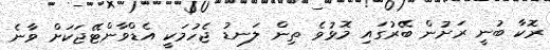
ރޮކާ ބުނީ ރަށުން ބޭރުގައި މޮޅުވެ ތިން ލަނޑު ޖެހުމަކީ އެޑްވާންޓޭޖަކަށް ވާނެ